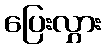
ပြေးလွှား